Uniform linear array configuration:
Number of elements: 24
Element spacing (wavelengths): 0.25
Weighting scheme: kaiser
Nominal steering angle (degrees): -45
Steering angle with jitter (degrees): -46.571
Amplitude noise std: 0.05
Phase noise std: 0.05

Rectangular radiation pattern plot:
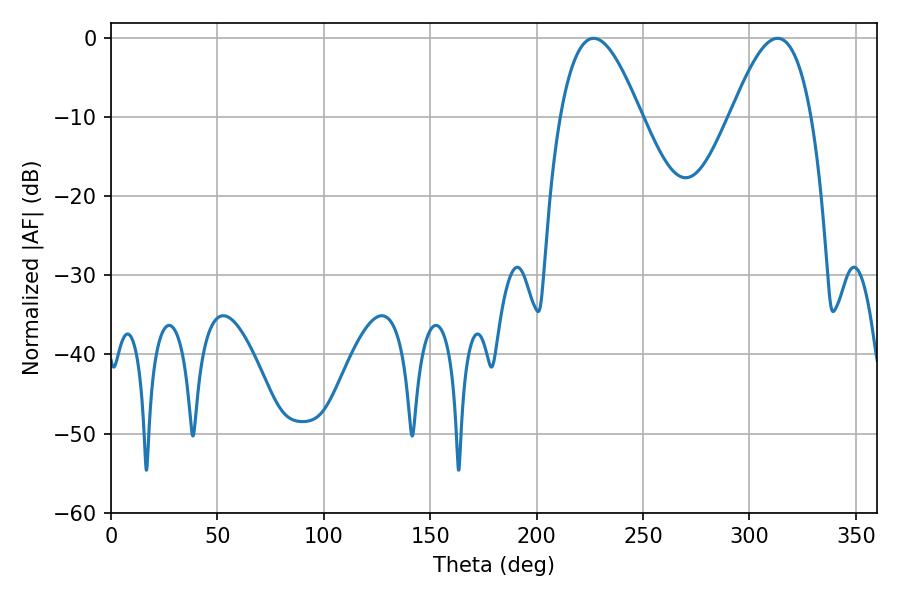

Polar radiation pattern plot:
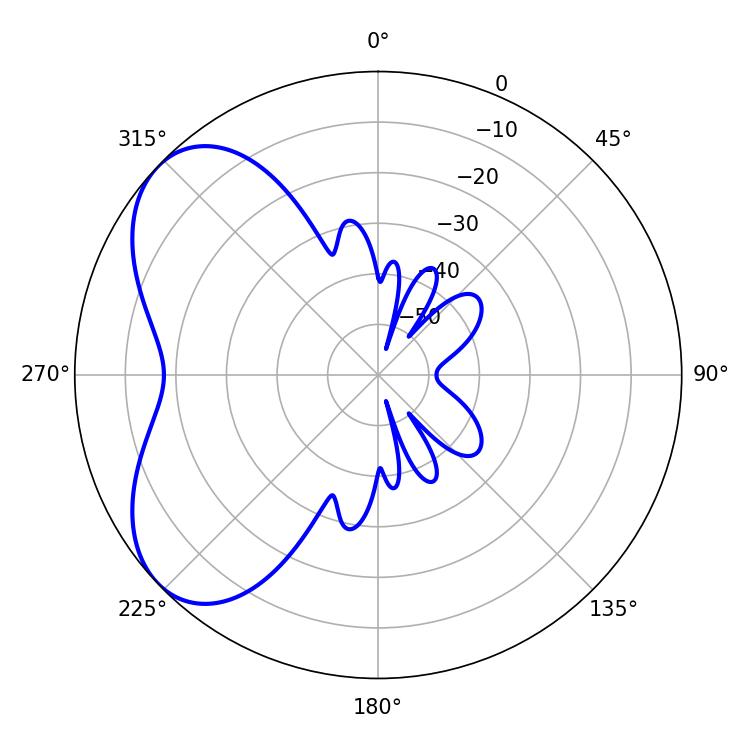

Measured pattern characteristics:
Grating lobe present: FALSE
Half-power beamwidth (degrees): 20.52
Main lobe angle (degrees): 226.8